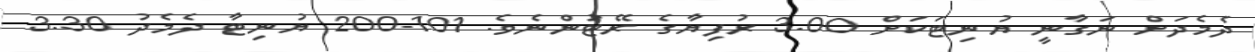
ދެމެދަށް ނަގާނީ ޔުނިޓަކަށް 3.00 ރުފިޔާގެ ރޭޓުންނެވެ. 101-200 ޔުނިޓާ ދެމެދު 3.30